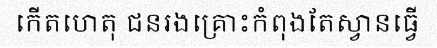
កើតហេតុ ជនរងគ្រោះកំពុងតែស្វានធ្វើ